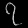
Digit: ၇